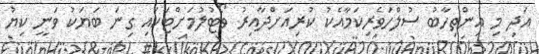
އަދި މި އިންތިހާބު ސުލްހަވެރިކަމާއެކު ކުރިއަށްދާއިރު ވޯޓުލުމަށްޓަކައި ގިނަ ބަޔަކު ވަނީ ކިޔު